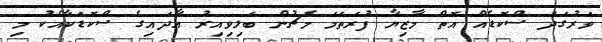
ވަރުގަދަ ސްކޮޑެއް އޮތް މާޒިޔާ ފުރަތަމަ މެޗުން ބަލިވިއިރު އާދައިގެ ސްކޮޑަކާއެކު މި